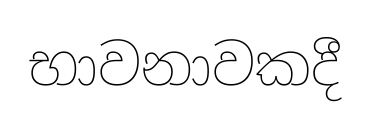
භාවනාවකදී